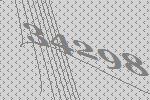
34298